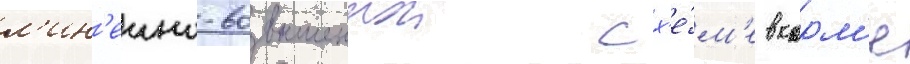
л'ин'еино-возвышеннои сх'е́м'е в корм'е